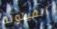
القيلولة